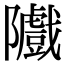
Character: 隵